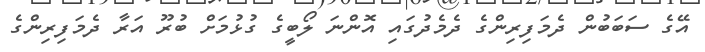
އޭގެ ސަބަބުން ދެމަފިރިންގެ ދެމެދުގައި އޮންނަ ލޯބީގެ ގުޅުމަށް ބުރޫ އަރާ ދެމަފިރިންގެ